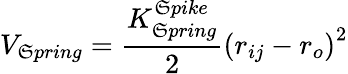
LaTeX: V_{\mathfrak{S}pring}=\frac{{K_{\mathfrak{S}pring}^{\mathfrak{S}pike}}}{{2}}\left(r_{ij}-r_{o}\right)^{2}